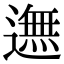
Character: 𨖴